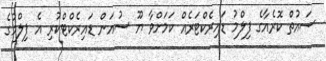
ސައުތް ކޮރެއާގެ ފިލްމު ޑައިރެކްޓަރެއް ކަމަށްވާ ޔޫ ސުއަން ޑައިރެކްޓްކުރި އެ ފިލްމުގެ